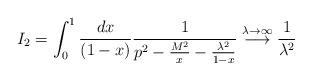
LaTeX: \begin{align*}I_2 = \int_0^1 \frac{dx}{(1-x)} \frac{1}{p^2-\frac{M^2}{x}-\frac{\lambda^2}{1-x}}\stackrel{\lambda \rightarrow \infty}{\longrightarrow}\frac{1}{\lambda^2}\end{align*}